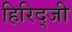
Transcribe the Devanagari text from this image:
हिरिद्जी